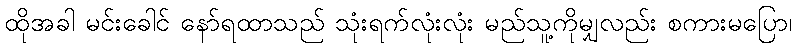
ထိုအခါ မင်းခေါင် နော်ရထာသည် သုံးရက်လုံးလုံး မည်သူ့ကိုမျှလည်း စကားမပြော၊